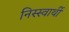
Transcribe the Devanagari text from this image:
निस्स्वार्थी